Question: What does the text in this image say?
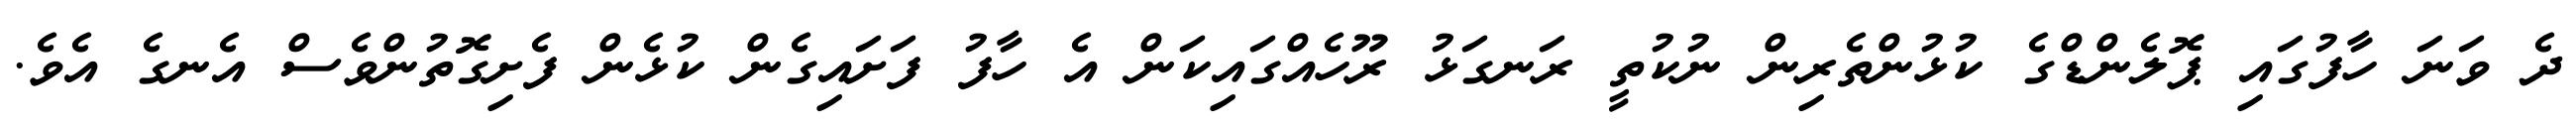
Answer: ދެ ވަނަ ހާފުގައި ޕޮލެންޑްގެ ކުޅުންތެރިން ނުކުތީ ރަނގަޅު ރޫހެއްގައިކަން އެ ހާފު ފަށައިގެން ކުޅެން ފެށިގޮތުންވެސް އެނގެ އެވެ.